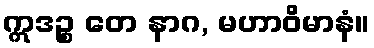
ဣဒဉ္စ တေ နာဂ, မဟာဝိမာနံ။